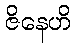
ဇိနေဟိ